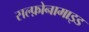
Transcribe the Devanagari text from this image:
सल्‍फ़ोनामाइड